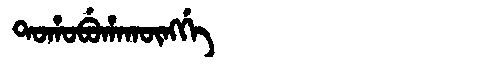
Manchu: ᡨᠣᡥᠣᠪᡠᡥᠠᡴᡡᠩᡤᡝ
Romanization: TOHOBUHAKŪNGGE